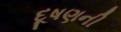
દૂષણની